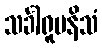
သင်္ခါရူပနိသံ